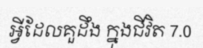
អ្វីដែលគួដឹង ក្នុងជីវិត 7.0